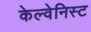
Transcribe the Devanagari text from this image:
केल्वेनिस्ट